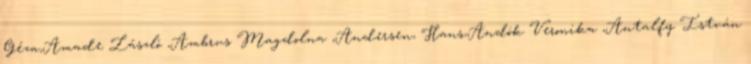
Géza,Amade László ,Ambrus Magdolna ,Andersen, Hans,Andók Veronika ,Antalfy István